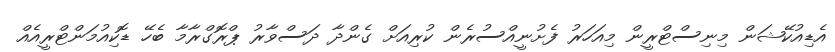
އެޑިއުކޭޝަން މިނިސްޓްރީން މިއަހަރު ފެށުނީއްސުރެން ކުރިއަށް ގެންދާ ދަސްވާރު ޕްރޮގްރާމާ ބެހޭ ޑޮކިއުމަންޓްރީއެއް